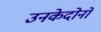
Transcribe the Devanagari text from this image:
उनकेदोनों